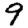
Digit: 9